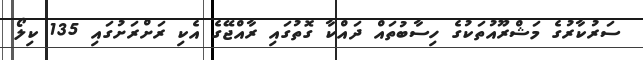
ސަރުކާރުގެ މަޝްރޫއުތަކުގެ ހިސާބުތައް ދައްކާ ގޮތުގައި ރާއްޖޭގެ އެކި ރަށްރަށުގައި 135 ކިލޯ